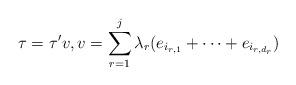
LaTeX: \begin{align*} \tau = \tau' v, v = \sum_{r=1}^j \lambda_r (e_{i_{r,1}} + \dots + e_{i_{r,d_r}})\end{align*}